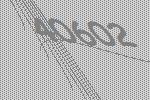
40602